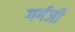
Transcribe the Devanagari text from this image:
गर्गजी